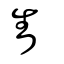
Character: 眚